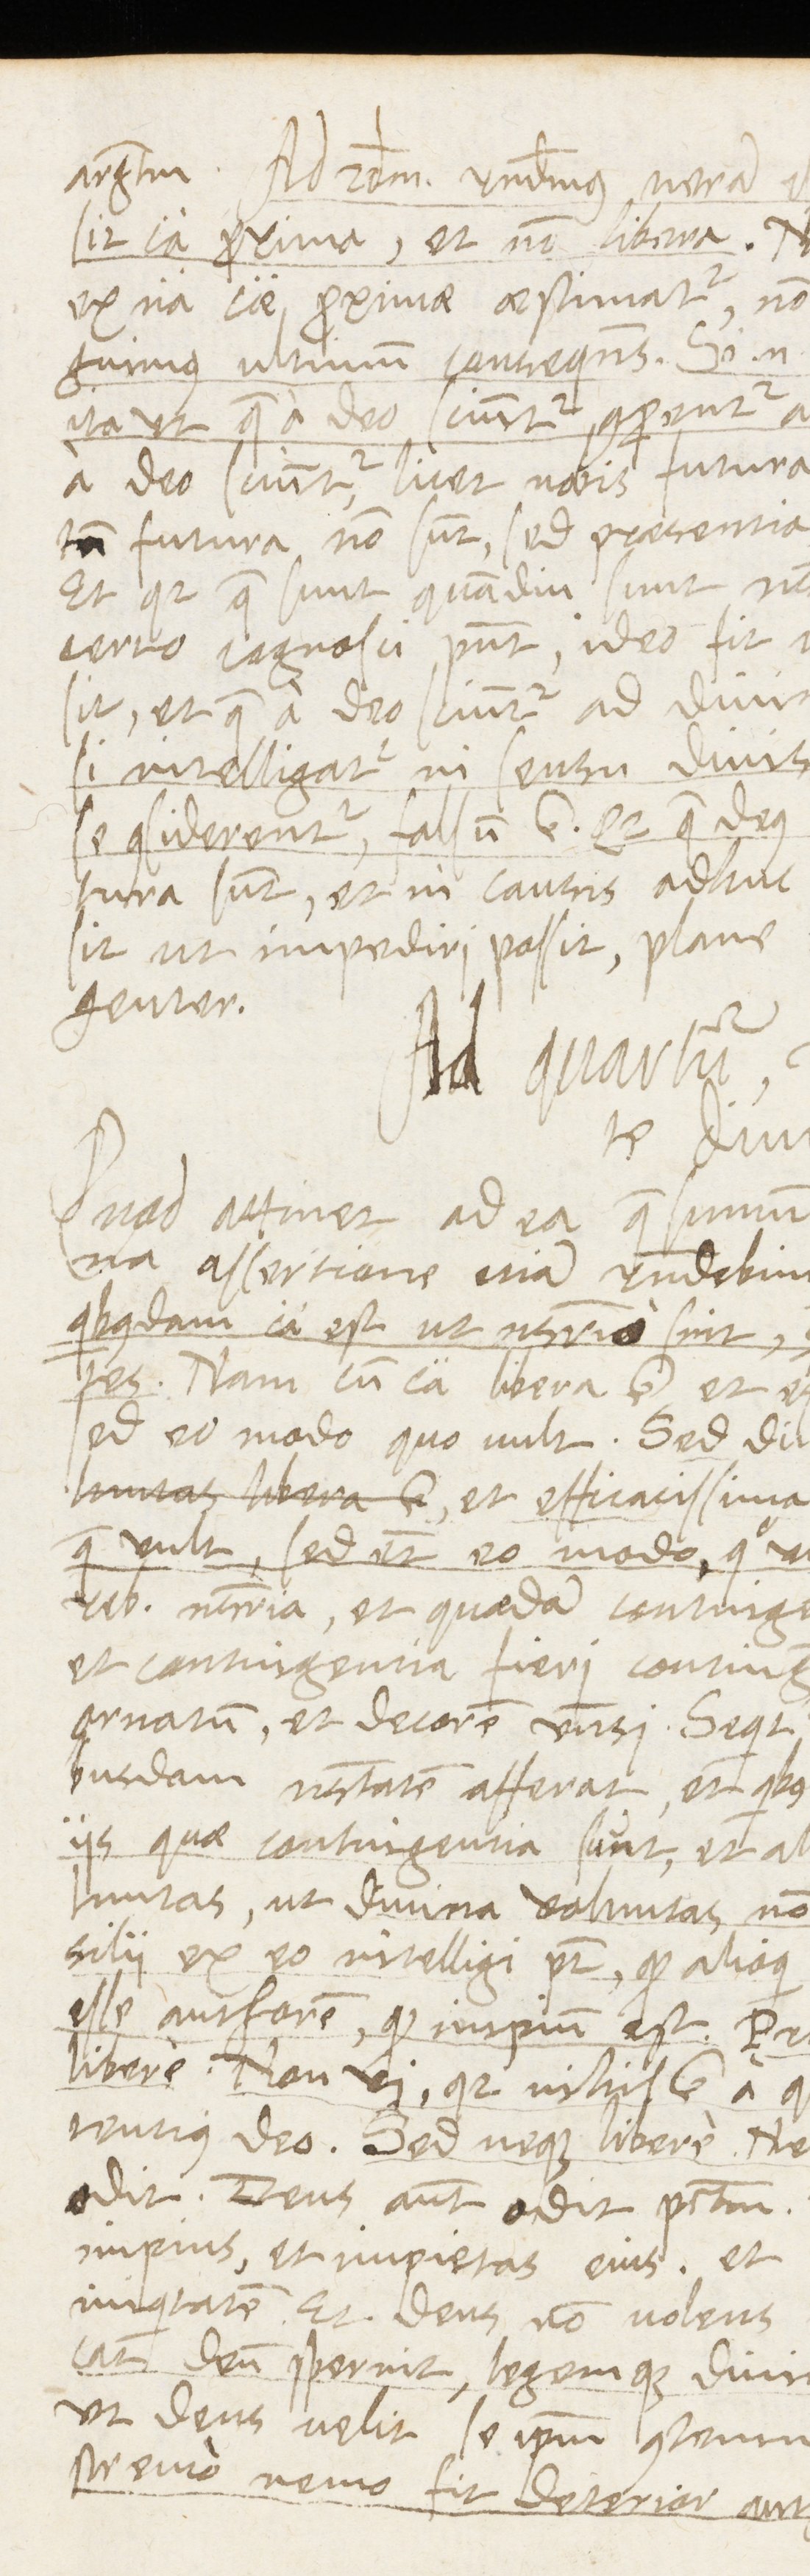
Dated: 1565–1569